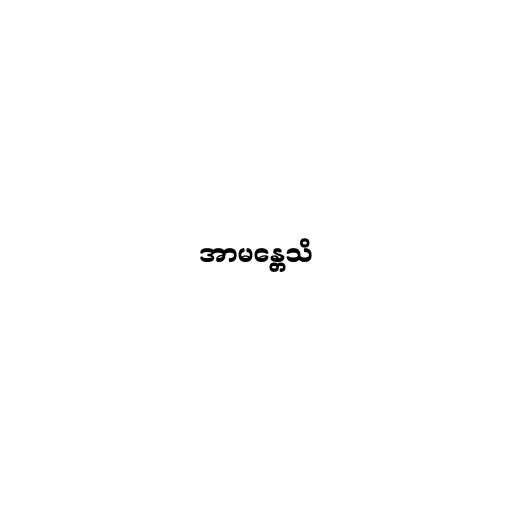
အာမန္တေသိ